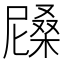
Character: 𣙰